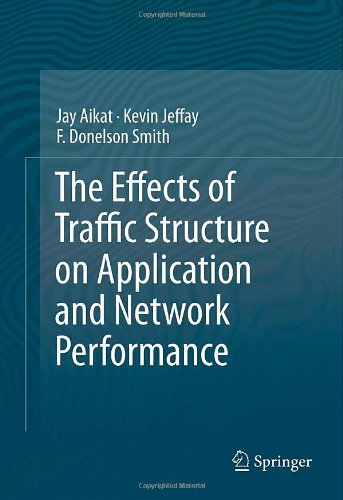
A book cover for The Effects of Traffic Structure on Application and Network Performance; Jay Aikat; Computers & Technology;